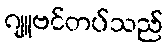
ဂျူဗင်တပ်သည်